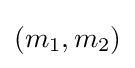
(m_{1},m_{2})